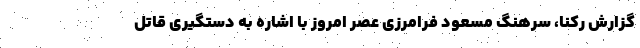
گزارش رکنا، سرهنگ مسعود فرامرزی عصر امروز با اشاره به دستگیری قاتل